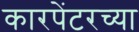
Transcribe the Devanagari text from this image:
कारपेंटरच्या